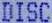
DISC